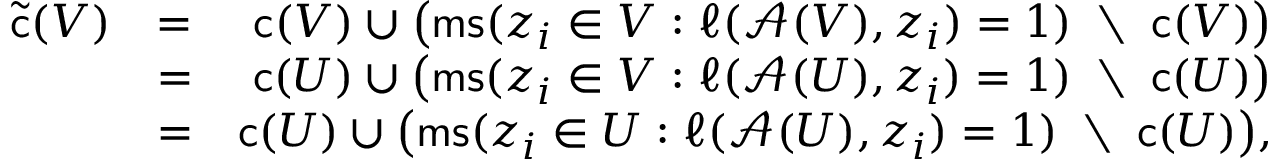
\begin{array} { r l r } { \tilde { \mathsf { c } } ( V ) } & { = } & { \mathsf { c } ( V ) \cup \big ( \mathsf { m s } ( z _ { i } \in V : \ell ( \mathcal { A } ( V ) , z _ { i } ) = 1 ) \; \setminus \; \mathsf { c } ( V ) \big ) } \\ & { = } & { \mathsf { c } ( U ) \cup \big ( \mathsf { m s } ( z _ { i } \in V : \ell ( \mathcal { A } ( U ) , z _ { i } ) = 1 ) \; \setminus \; \mathsf { c } ( U ) \big ) } \\ & { = } & { \mathsf { c } ( U ) \cup \big ( \mathsf { m s } ( z _ { i } \in U : \ell ( \mathcal { A } ( U ) , z _ { i } ) = 1 ) \; \setminus \; \mathsf { c } ( U ) \big ) , } \end{array}